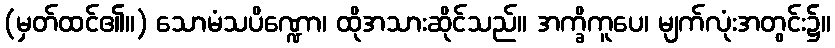
(မှတ်ထင်၏။) သောမံသပိဏ္ဍော၊ ထိုအသားဆိုင်သည်။ အက္ခိကူပေ၊ မျက်လုံးအတွင်း၌။